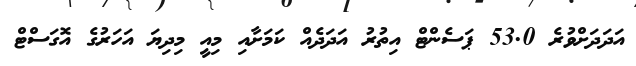
އަދަދަށްވުރެ 53.0 ޕަސެންޓް އިތުރު އަދަދެއް ކަމަށާއި މިއީ މިދިޔަ އަހަރުގެ އޮގަސްޓް